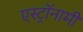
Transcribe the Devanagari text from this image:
एस्‍ट्रॉनामी